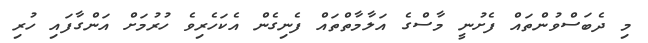
މި ދެބަސްވުންތައް ފެށުނީ މާސްގެ އަލާމާތްތައް ފެނިގެން އެކަހެރިވެ ހުރުމަށް އަންގާފައި ހުރި